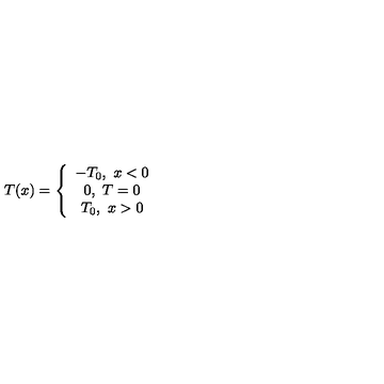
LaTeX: T ( x ) = \left\{ \begin{array} { c c c } { - T _ { 0 } , \ x < 0 } \\ { 0 , \ T = 0 } \\ { T _ { 0 } , \ x > 0 } \\ \end{array} \right.